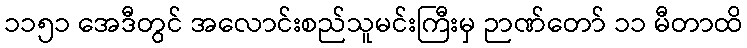
၁၁၅၁ အေဒီတွင် အလောင်းစည်သူမင်းကြီးမှ ဉာဏ်တော် ၁၁ မီတာထိ